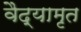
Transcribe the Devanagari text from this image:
वैद्यामृत